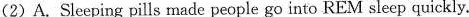
(2)A.Sleeping pills made people go into REM sleep quickly.